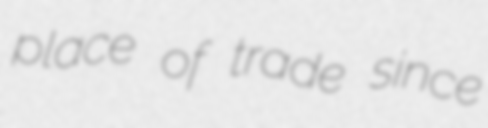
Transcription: place of trade since